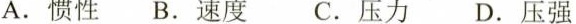
A.惯性 B.速度 C.压力 D.压强